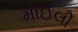
મોઈલી